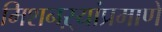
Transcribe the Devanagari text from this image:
मिशनऱ्यांप्रमाणे